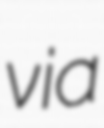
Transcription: via